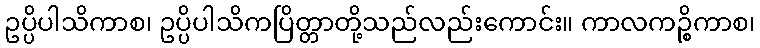
ဥပ္ပိပါသိကာစ၊ ဥပ္ပိပါသိကပြိတ္တာတို့သည်လည်းကောင်း။ ကာလကဉ္စိကာစ၊